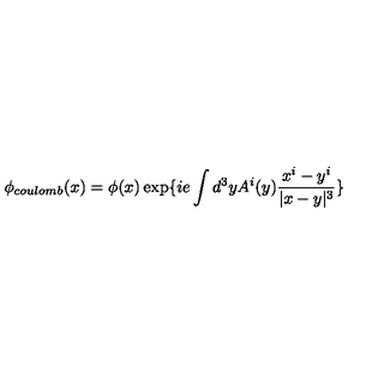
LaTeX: \phi _ { c o u l o m b } ( x ) = \phi ( x ) \exp \{ i e \int d ^ { 3 } y A ^ { i } ( y ) \frac { x ^ { i } - y ^ { i } } { | x - y | ^ { 3 } } \}